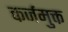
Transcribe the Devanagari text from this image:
कर्जमुक्त